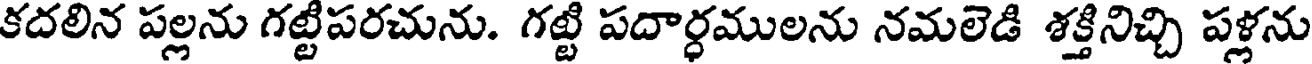
కదలిన పల్లను గట్టిపరచును. గట్టి పదార్ధములను నమలెడి శక్తినిచ్చి పళ్లను